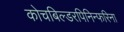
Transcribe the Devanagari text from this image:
कोचबिल्डरपिनिन्फरिना